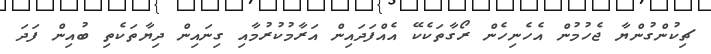
ޗިކުންގުންޔާ ޖެހުމުން އެހެނިހެން ރޯގާތަކެކޭ އެއްފަދައިން އަރާމުކުރުމާއި ގިނައިން ދިޔާތަކެތި ބުއިން ފަދަ